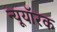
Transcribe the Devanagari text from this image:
न्यूयॉरक